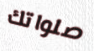
صلواتك